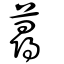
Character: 蕁